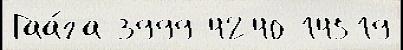
Гаа́га 3999 4240 14519